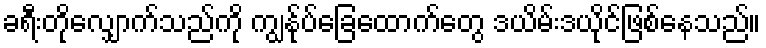
ခရီးတိုလျှောက်သည်ကို ကျွန်ုပ်ခြေထောက်တွေ ဒယိမ်းဒယိုင်ဖြစ်နေသည်။